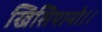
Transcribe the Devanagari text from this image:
खिसियानो।।